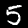
Digit: 5